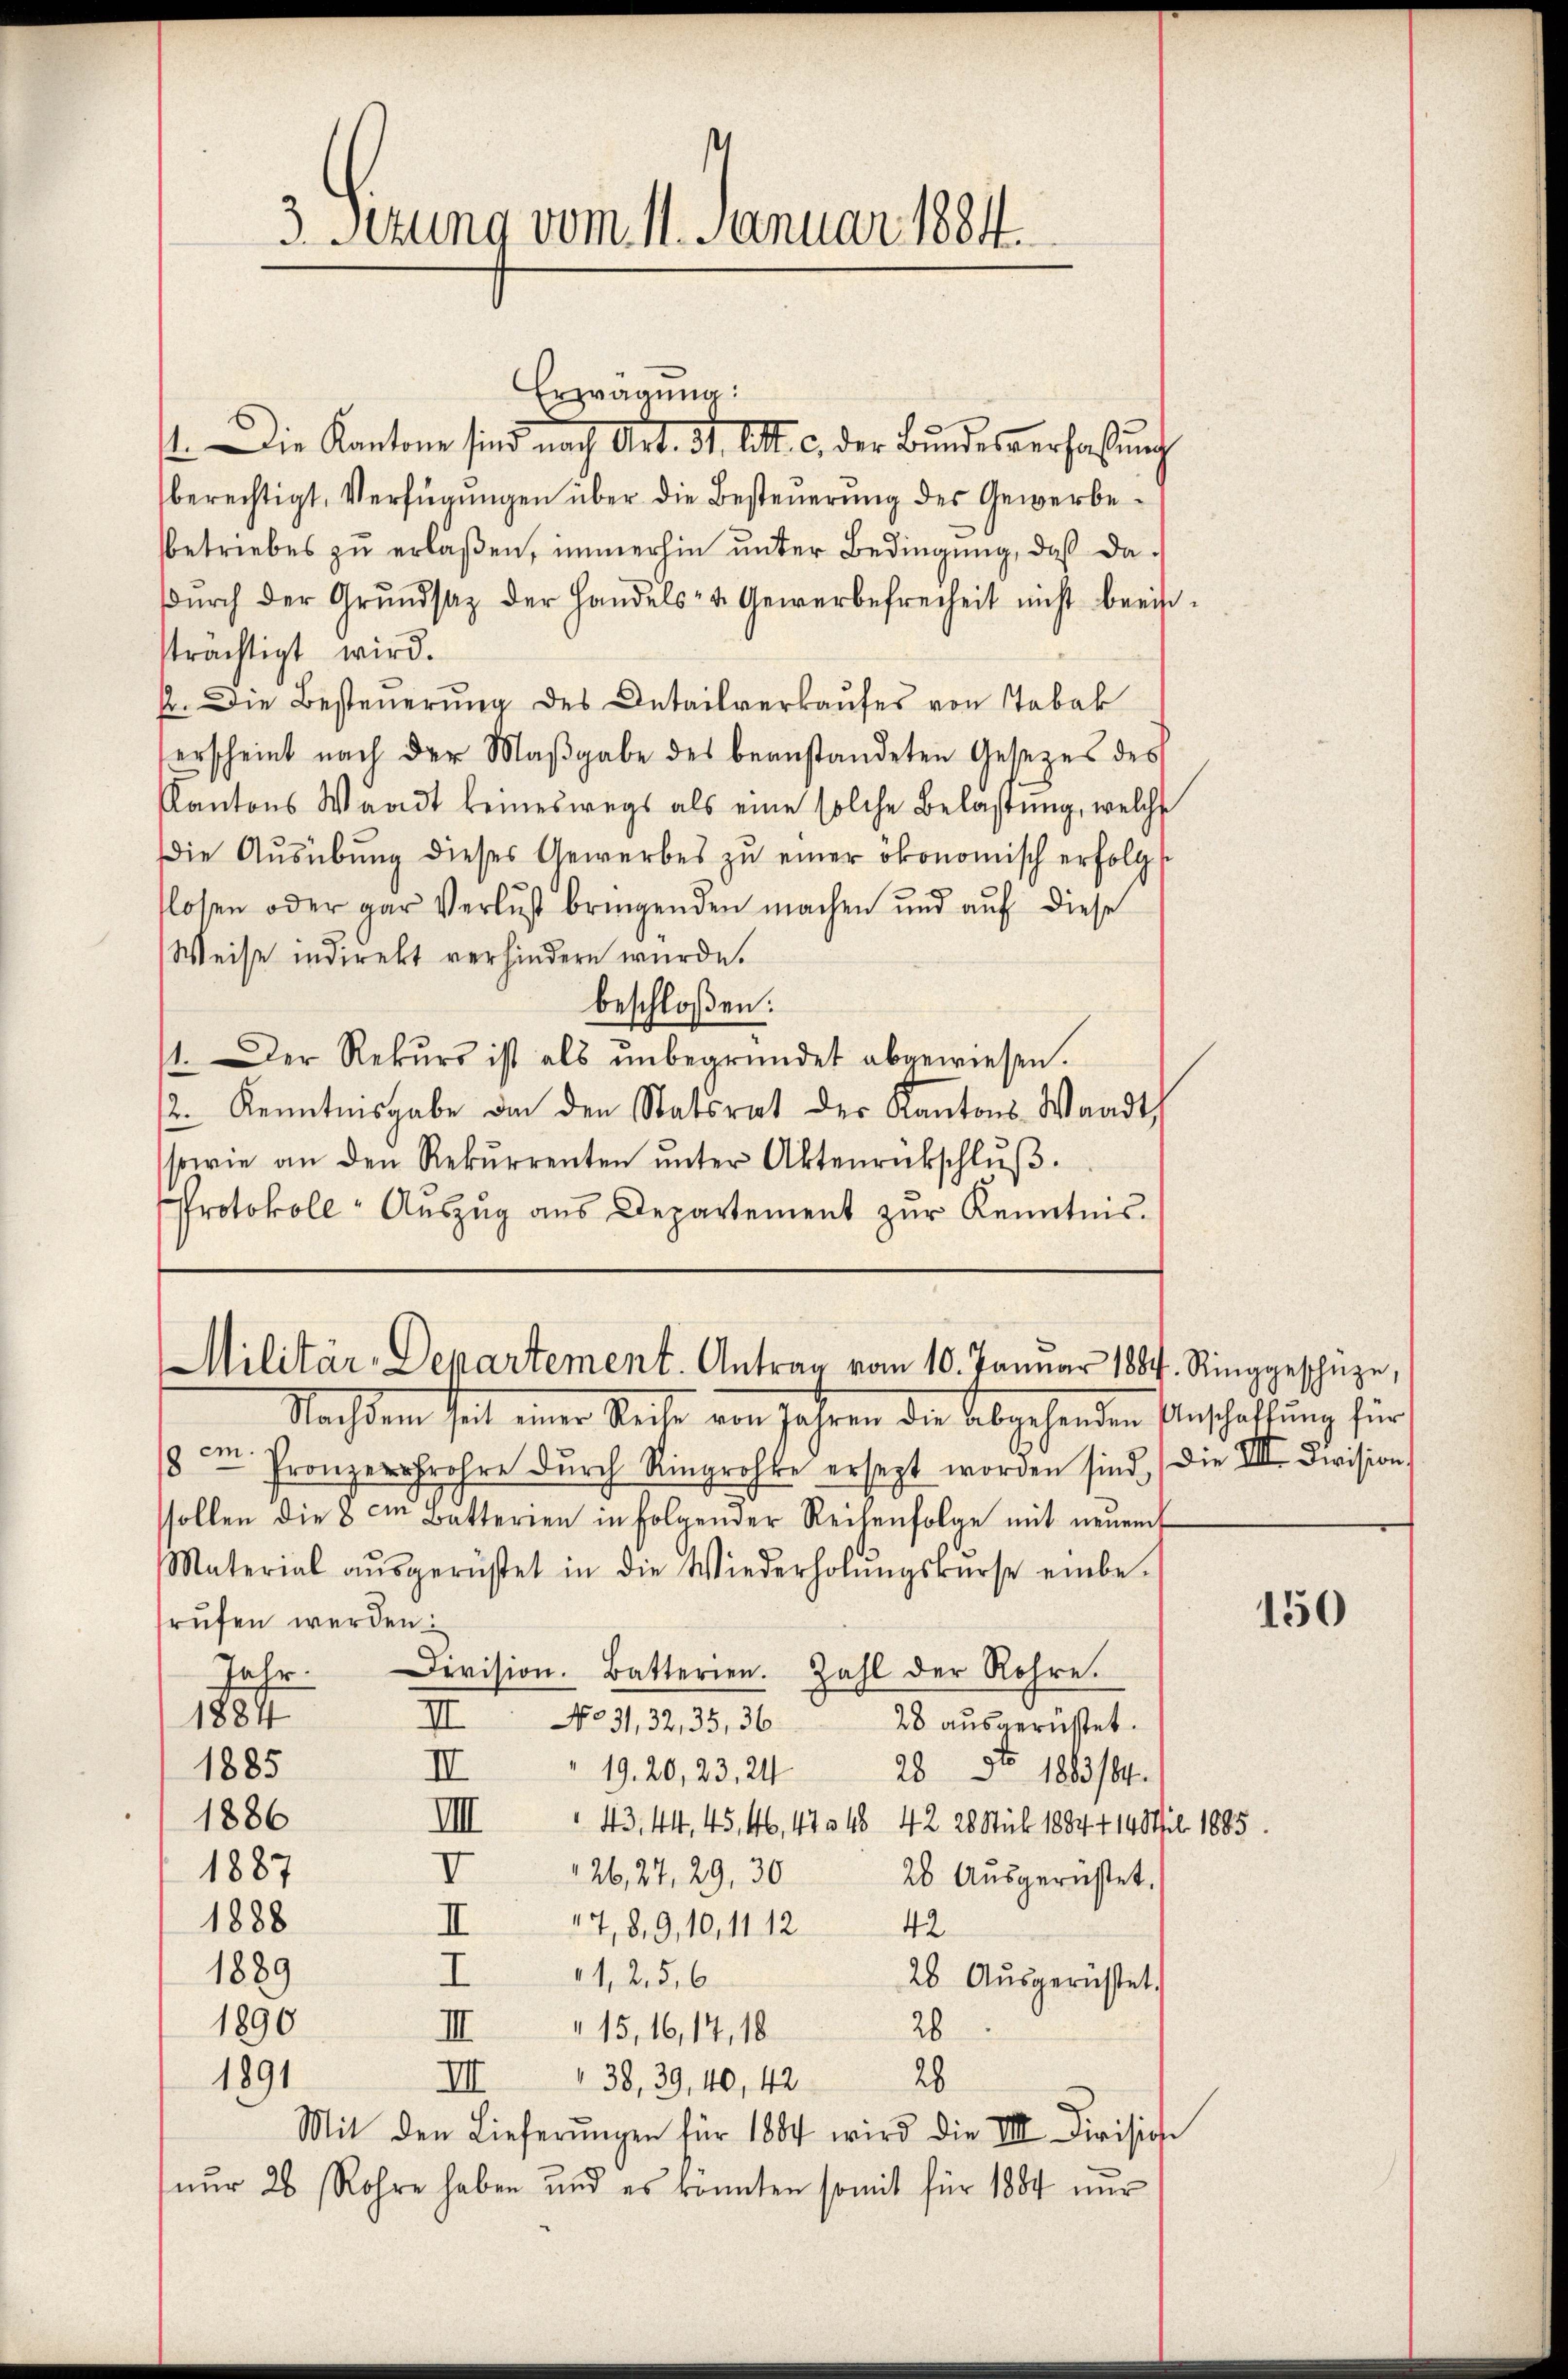
3. Setung vom 11. Januar 1884.

st. Die Kantone sind nach Art. St. Litt. c. der Bundesverfaßung
berechtigt, Verfügungen über die Besteuerung des Gewerbebetriebes zŭ erlaßen, immerhin unter Bedingung, daß dadŭrch der Grŭndsaz der Handels- u. Gewerbefreiheit nicht beein-
strächtigt wird.
2. Die Besteuerung des Detailverkaufes von Tabak
erscheint nach der Maβgabe des beanstandeten Gesetzes des
Kantons Waadt keineswegs als eine solche Belastung, welche
die Aŭsübŭng dieses Gewerbes zŭ einer ökonomisch erfolgt
flossen oder gar Verlust bringenden machen und auf diese
Weise indirekt verhindern wurde.
beschloßen:
1. Der Rekŭrs ist als ŭnbegründet abgewiesen.
2. Kenntnisgabe von den Statsrat der Kantons Waadt,
sowie an den Rekurrenten ŭnter Aktenrückschlŭβ
Protokoll- Auszug aus Departement zur Kenntnis.

Erzrägung:

Militär-Departement. Antrag vom 10. Januar 1884. Ringgeschüze,

Nachdem heit einer Reihe von Jahren der Abgehenden Anschaftung für
8 . Pronzer frohre dŭrch Ringrohke ersezt worden sind, die VIII. Division
ssollen die 8 in Batterien in folgender Reihenfolge mit neŭen
Material aŭsgerüstet in die Wiederholŭngskurse einbe-
rŭfen werden.
Jahr. Division. Batterien. Zahl der Rohre.
II
1884
No 31, 32, 35, 36
28 ausgerüstet.
1885
II
19. 20, 23, 2428 No. 1883/84.
1886
IIII 43. 44, 45, 46, 47. 48 42. 26 Stub 1884 414 Stil 1885.
1887
I
26,27, 29, 30 20 Aŭsgerüstet.
1888
II 14,89,10, 11 1242
1889
I
11,25,6
28. Ausgerüstet.
1890
28
15, 16, 17, 18
III.
28
III.
1891
 38, 39, 40, 42
Mit den Lieferŭngen für 1884 wird die III Divisiche
nur 26 Rohre haben und es konnten somit für 1884 nur

150